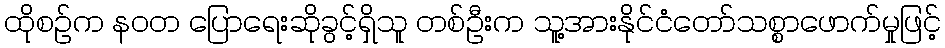
ထိုစဉ်က နဝတ ပြောရေးဆိုခွင့်ရှိသူ တစ်ဦးက သူ့အားနိုင်ငံတော်သစ္စာဖောက်မှုဖြင့်